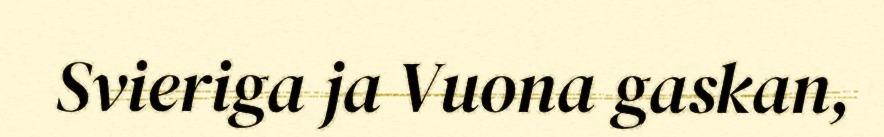
Svieriga ja Vuona gaskan,